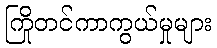
ကြိုတင်ကာကွယ်မှုများ